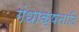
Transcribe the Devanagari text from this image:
गंधाक्षतांदि